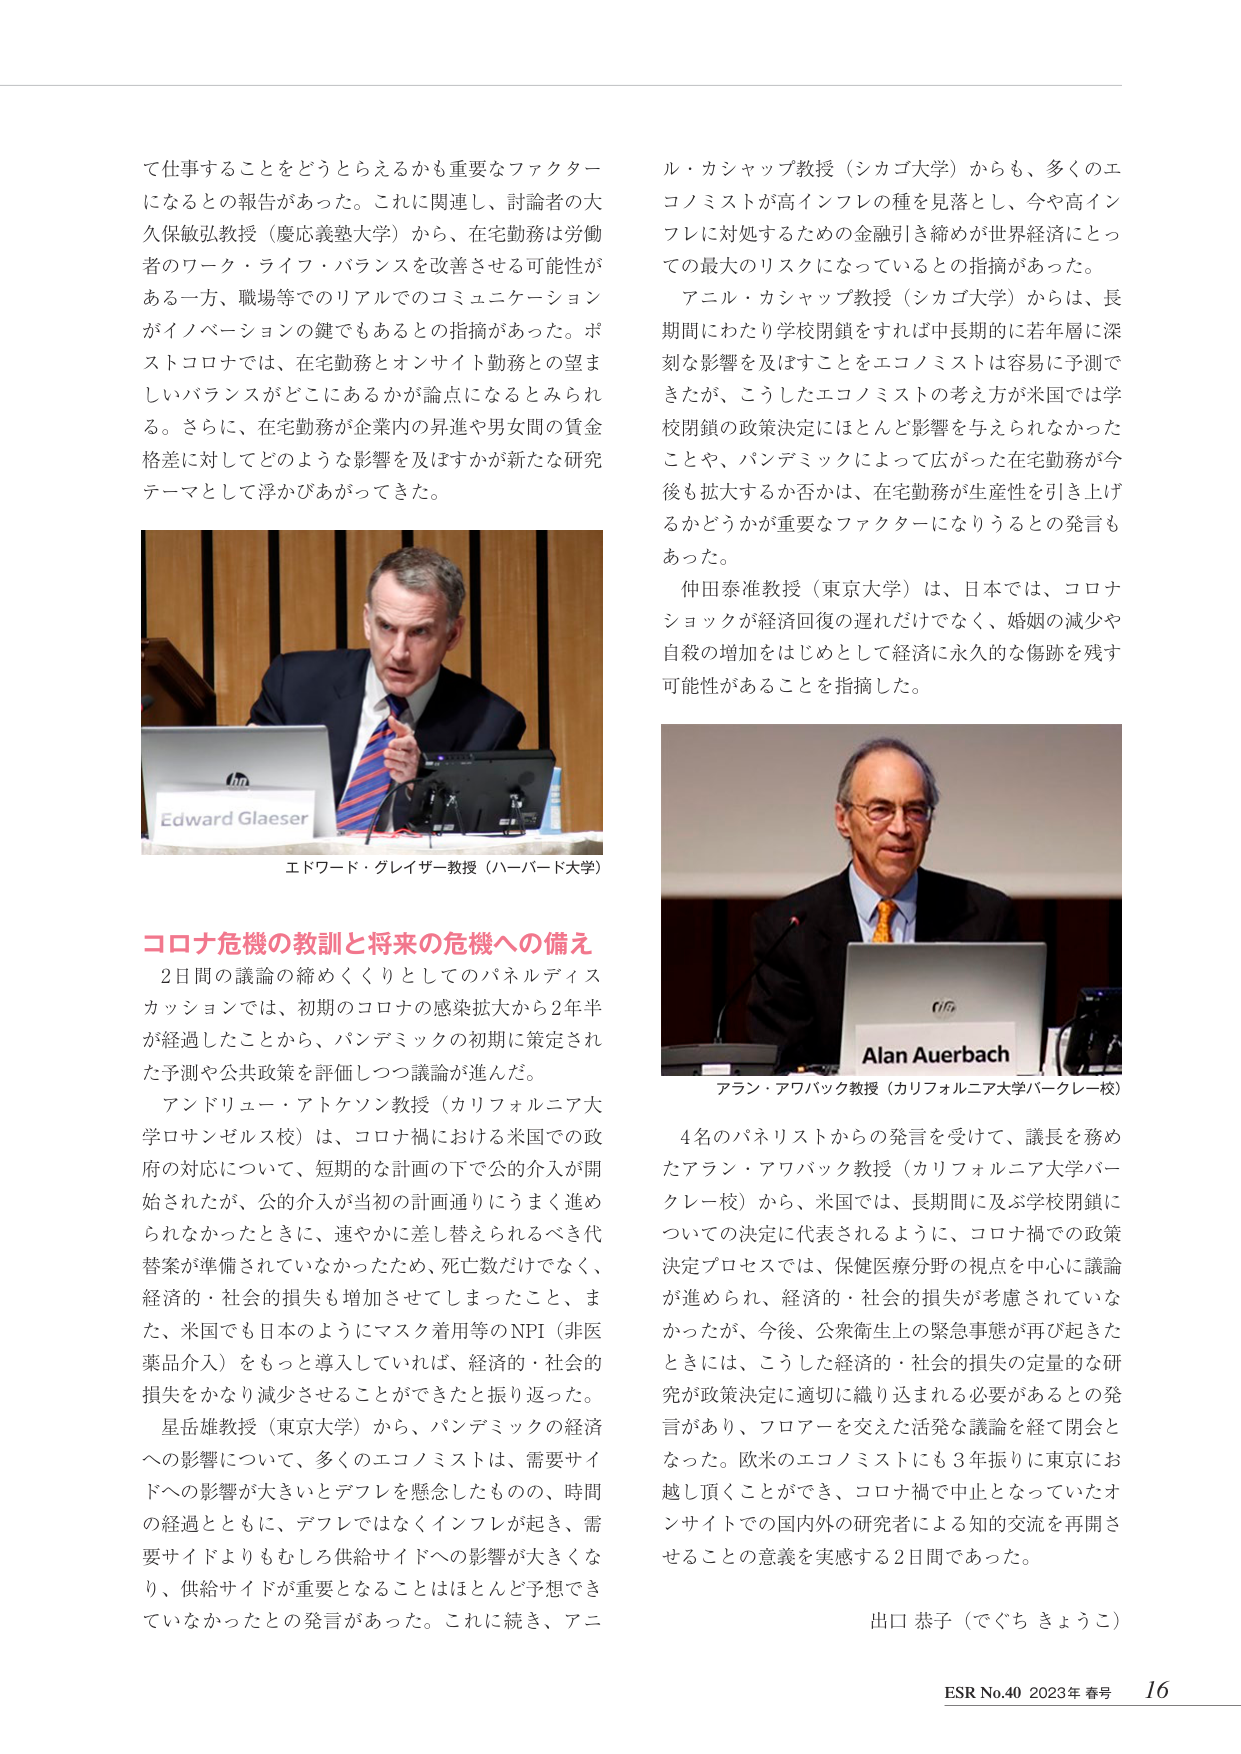
て仕事することをどうとらえるかも重要なファクター
になるとの報告があった。これに関連し、討論者の大
久保敏弘教授（慶応義塾大学）から、在宅勤務は労働
者のワーク・ライフ・バランスを改善させる可能性が
ある一方、職場等でのリアルでのコミュニケーション
がイノベーションの鍵でもあるとの指摘があった。ポ
ストコロナでは、在宅勤務とオンサイト勤務との望ま
しいバランスがどこにあるかが論点になるとみられ
る。さらに、在宅勤務が企業内の昇進や男女間の賃金
格差に対してどのような影響を及ぼすかが新たな研究
テーマとして浮かびあがってきた。

ル・カシャップ教授（シカゴ大学）からも、多くのエ
コノミストが高インフレの種を見落とし、今や高イン
フレに対処するための金融引き締めが世界経済にとっ
ての最大のリスクになっているとの指摘があった。
アネル・カシャップ教授（シカゴ大学）からは、長
期間にわたり学校閉鎖をすれば中長期的に若年層に深
刻な影響を及ぼすことをエコノミストは容易に予測で
きたが、こうしたエコノミストの考え方が米国では学
校閉鎖の政策決定にほとんど影響を与えられなかった
ことや、パンデミックによって広がった在宅勤務が今
後も拡大するか否かは、在宅勤務が生産性を引き上げ
るかどうかが重要なファクターになりうるとの発言も
あった。
仲田泰准教授（東京大学）は、日本では、コロナ
ショックが経済回復の遅れだけでなく、婚姻の減少や
自殺の増加をはじめとして経済に永久的な傷跡を残す
可能性があることを指摘した。

エドワード・グレイザー教授（ハーバード大学）

コロナ危機の教訓と将来の危機への備え
2日間の議論の締めくくりとしてのパネルディス
カッションでは、初期のコロナの感染拡大から2年半
が経過したことから、パンデミックの初期に策定され
た予測や公共政策を評価しつつ議論が進んだ。
アンドリュー・アトケンソン教授（カリフォルニア大
学ロサンゼルス校）は、コロナ禍における米国での政
府の対応について、短期的な計画の下で公的介入が開
始されたが、公的介入が当初の計画通りにうまく進め
られなかったときに、速やかに差し替えられるべき代
替案が準備されていなかったため、死亡数だけでなく、
経済的・社会的損失も増加させてしまったこと、ま
た、米国でも日本のようにマスク着用等のNPI（非医
薬品介入）をもっと導入していれば、経済的・社会的
損失をかなり減少させることができたと振り返った。
星岳雄教授（東京大学）から、パンデミックの経済
への影響について、多くのエコノミストは、需要サイ
ドへの影響が大きいとデフレを懸念したもの、時間
の経過とともに、デフレではなくインフレが起き、需
要サイドよりもむしろ供給サイドへの影響が大きくな
り、供給サイドが重要となることはほとんど予想でき
ていなかったとの発言があった。これに続き、アニ

Alan Auerbach
アラン・アワバック教授（カリフォルニア大学バークレー校）

4名のパネリストからの発言を受けて、議長を務め
たアラン・アワバック教授（カリフォルニア大学バー
クレー校）から、米国では、長期間に及ぶ学校閉鎖に
ついての決定に代表されるように、コロナ禍での政策
決定プロセスでは、保健医療分野の視点を中心に議論
が進められ、経済的・社会的損失が考慮されていな
かったが、今後、公衆衛生上の緊急事態が再び起きた
ときには、こうした経済的・社会的損失の定量的な研
究が政策決定に適切に織り込まれる必要があるとの発
言があり、フロアーを交えた活発な議論を経て閉会と
なった。欧米のエコノミストにも3年振りに東京にお
越し頂くことができ、コロナ禍で中止となっていたオ
ンサイトでの国内外の研究者による知的交流を再開さ
せることの意義を実感する2日間であった。

出口 恭子（でぐち きょうこ）

ESR No.40 2023年 春号 16